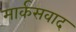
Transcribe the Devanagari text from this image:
मार्कसवाद